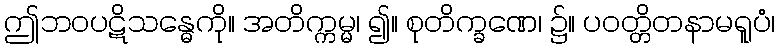
ဤဘဝပဋိသန္ဓေကို။ အတိက္ကမ္မ၊ ၍။ စုတိက္ခဏေ၊ ၌။ ပဝတ္တိတနာမရူပံ၊